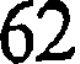
62